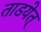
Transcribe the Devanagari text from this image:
ताडयेत्